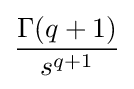
{\operatorname {\Gamma } (q+1) \over s^{q+1}}